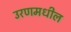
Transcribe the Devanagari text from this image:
उरणमधील